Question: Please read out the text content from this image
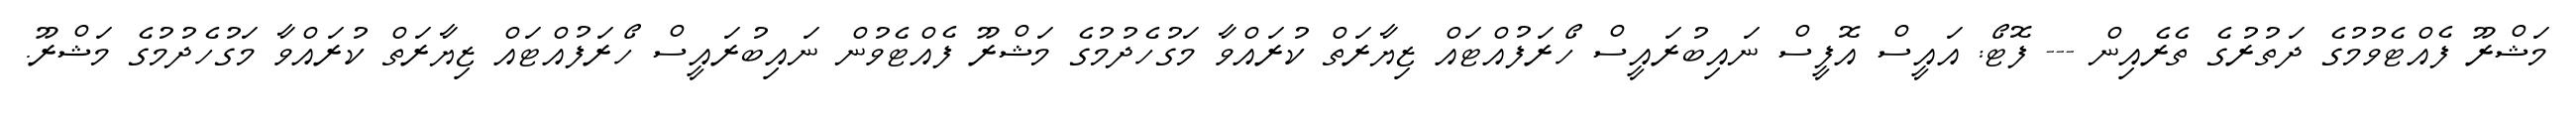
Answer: މަޝްރޫ ފެއްޓެވުމުގެ ދަތުރުގެ ތެރެއިން --- ފޮޓޯ: އައީސް އޮފީސް ނައިބުރައީސް ހޯރަފުއްޓައް ޒިޔާރަތް ކުރައްވާ މަގުހެދުމުގެ މަޝްރޫ ފެއްޓެވުން ނައިބުރައީސް ހޯރަފުއްޓައް ޒިޔާރަތް ކުރައްވާ މަގުހެދުމުގެ މަޝްރޫ.